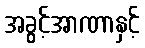
အခွင့်အာဏာနှင့်